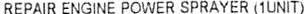
REPAIR ENGINE POWER SPRAYER (1UNIT)